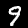
Digit: 9